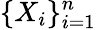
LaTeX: \{ X_{i}\} _{i=1}^{n}